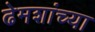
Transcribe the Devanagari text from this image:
ढेमशांच्या